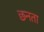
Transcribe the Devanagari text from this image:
छनता